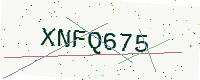
Text: XNFQ675